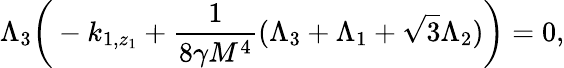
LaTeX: \Lambda_{3}\bigg(-k_{1,z_{1}}+\frac{1}{8\gamma M^{4}}(\Lambda_{3}+\Lambda_{1}+\sqrt{3}\Lambda_{2})\bigg)=0,